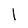
Character: l